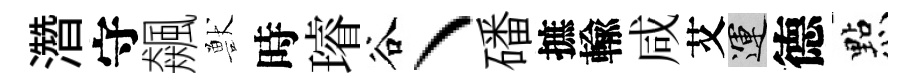
濳守飆獸時璿谷丶磻摭輸咸艾運德㸃